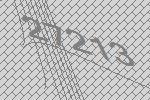
27213